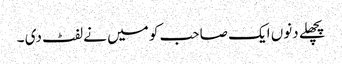
پچھلے دنوں ایک صاحب کو میں نے لفٹ دی ۔